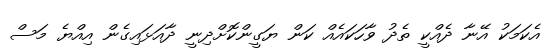
އެކަމަކު އޭނާ ދެއްކީ ތެދު ވާހަކައެއް ކަން ޔަގީންކޮށްދިނީ ދާއަޅައިގެން އިއްޔެ މަސް